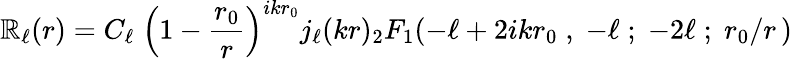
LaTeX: \mathbb{R}_{\ell}(r)=C_{\ell}\; \left(1-{\frac{{r_{0}}}{{r}}}\right)^{ikr_{0}}j_{\ell}(kr){}_{2}F_{1}(-\ell+2ikr_{0}\; ,\; -\ell\; ;\; -2\ell\; ;\; r_{0}/r\, )